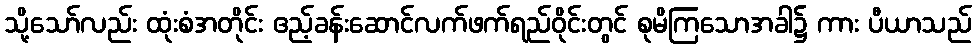
သို့သော်လည်း ထုံးစံအတိုင်း ဧည့်ခန်းဆောင်လက်ဖက်ရည်ဝိုင်းတွင် စုမိကြသောအခါ၌ ကား ပီယာသည်